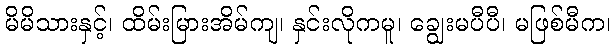
မိမိသားနှင့်၊ ထိမ်းမြားအိမ်ကျ၊ နှင်းလိုကမူ၊ ချွေးမပီပီ၊ မဖြစ်မီက၊